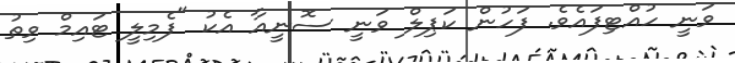
ވަނީ ހުއްޓިފައެވެ. ފަހުން ކަޕިލް ވަނީ ސޮނީއާ އެކު "ފެމިލީ ޓައިމް ވިތު